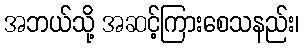
အဘယ်သို့ အဆင့်ကြားစေသနည်း၊